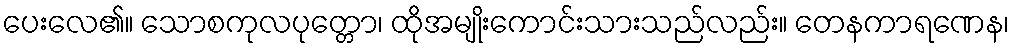
ပေးလေ၏။ သောစကုလပုတ္တော၊ ထိုအမျိုးကောင်းသားသည်လည်း။ တေနကာရဏေန၊